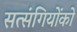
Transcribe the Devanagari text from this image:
सत्‍संगियोंको